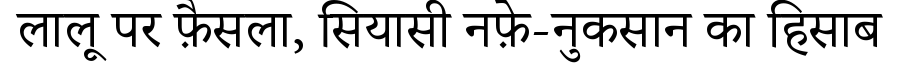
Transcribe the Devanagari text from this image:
लालू पर फ़ैसला, सियासी नफ़े-नुकसान का हिसाब